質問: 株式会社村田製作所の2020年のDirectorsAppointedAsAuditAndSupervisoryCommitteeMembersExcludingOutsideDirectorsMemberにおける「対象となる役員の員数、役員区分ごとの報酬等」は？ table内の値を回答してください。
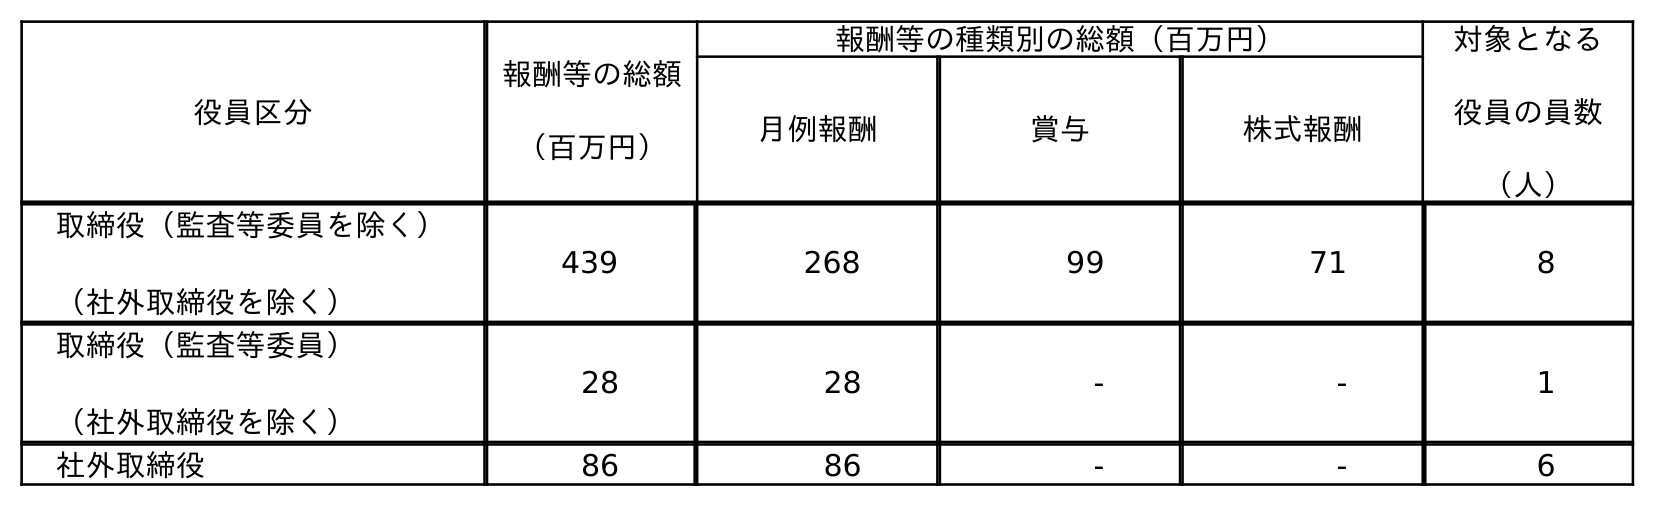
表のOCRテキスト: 役員区分 報酬等の総額 （百万円） 報酬等の種類別の総額（百万円） 対象となる 役員の員数 （人） 月例報酬 賞与 株式報酬 取締役（監査等委員を除く） （社外取締役を除く） 439 268 99 71 8 取締役（監査等委員） （社外取締役を除く） 28 28 - - 1 社外取締役 86 86 - - 6
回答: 1